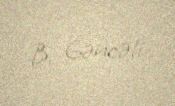
B. Gəncəli